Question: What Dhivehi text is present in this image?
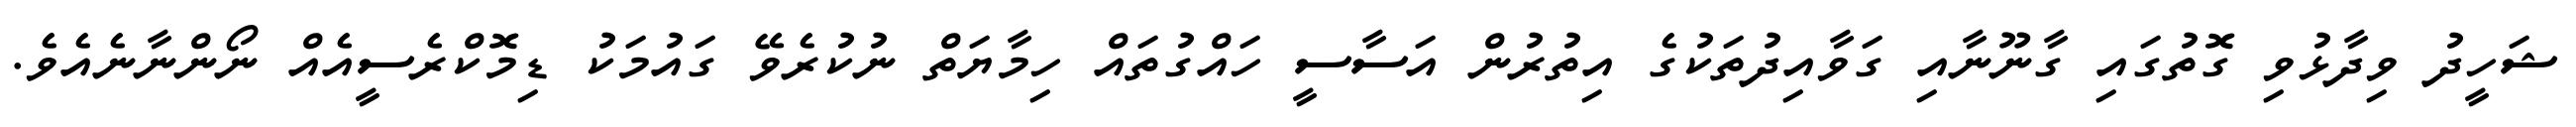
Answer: ޝަހީދު ވިދާޅުވި ގޮތުގައި ގާނޫނާއި ގަވާއިދުތަކުގެ އިތުރުން އަސާސީ ހައްގުތައް ހިމާޔަތް ނުކުރެވޭ ގައުމަކު ޑިމޮކްރެސީއެއް ނޯންނާނެއެވެ.